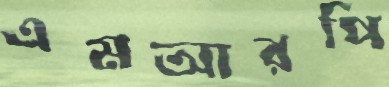
এমআরপি